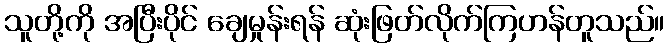
သူတို့ကို အပြီးပိုင် ချေမှုန်းရန် ဆုံးဖြတ်လိုက်ကြဟန်တူသည်။